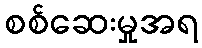
စစ်ဆေးမှုအရ